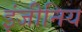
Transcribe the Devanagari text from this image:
इंजीनिय